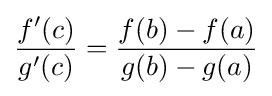
{\frac {f'(c)}{g'(c)}}={\frac {f(b)-f(a)}{g(b)-g(a)}}